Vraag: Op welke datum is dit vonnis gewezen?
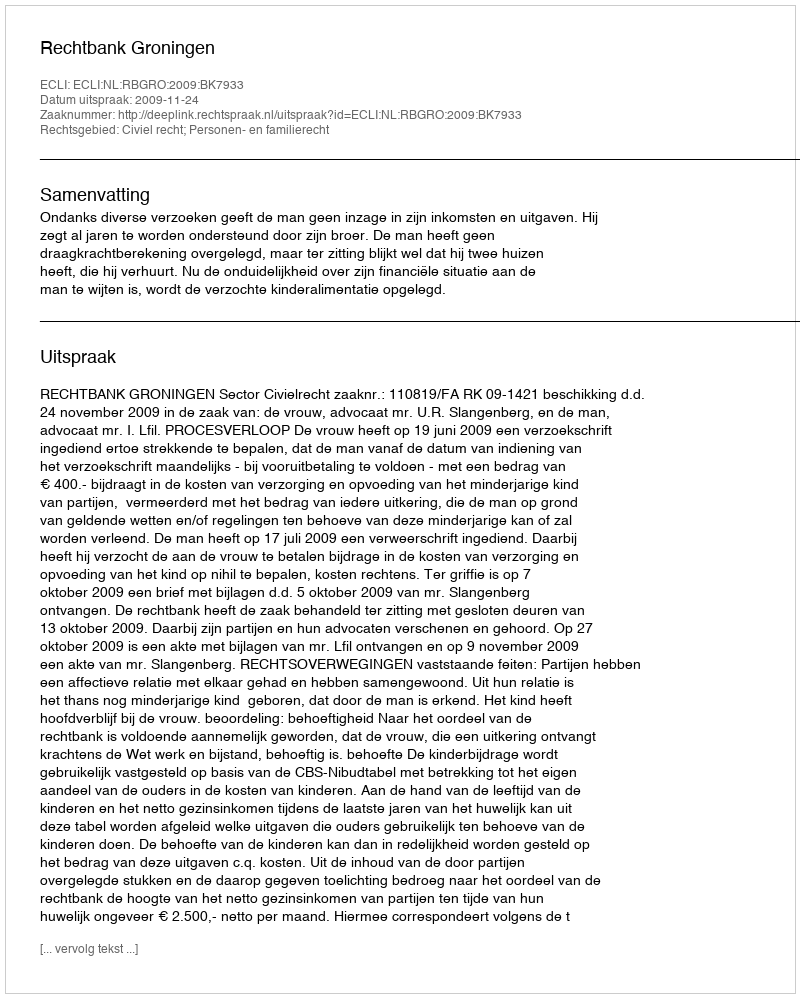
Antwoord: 2009-11-24